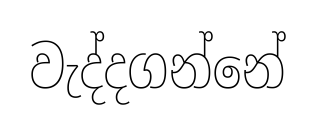
වැද්දගන්නේ